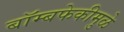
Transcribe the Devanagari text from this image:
बॉम्बफेकीमुळे